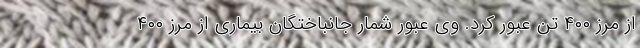
از مرز ۴۰۰ تن عبور کرد. وی عبور شمار جانباختگان بیماری از مرز ۴۰۰